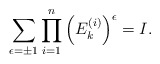
\begin{align*} \sum_{\epsilon = \pm 1} \prod_{i=1}^{n}\left(E_k^{(i)}\right)^{\epsilon}=I.\end{align*}